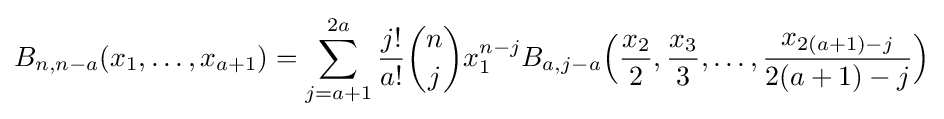
B_{n,n-a}(x_{1},\ldots ,x_{a+1})=\sum _{j=a+1}^{2a}{\frac {j!}{a!}}{\binom {n}{j}}x_{1}^{n-j}B_{a,j-a}{\Bigl (}{\frac {x_{2}}{2}},{\frac {x_{3}}{3}},\ldots ,{\frac {x_{2(a+1)-j}}{2(a+1)-j}}{\Bigr )}